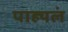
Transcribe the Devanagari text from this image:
पाह्यलं